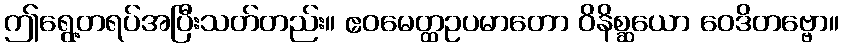
ဤရွေ့တရပ်အပြီးသတ်တည်း။ ဧဝမေတ္ထဥပမာတော ဝိနိစ္ဆယော ဝေဒိတဗ္ဗော။